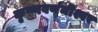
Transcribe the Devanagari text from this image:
कृष्णवर्णमीश्वर